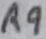
Text: R9